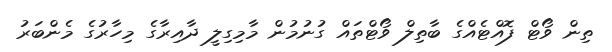
ތިން ވޯޓް ފޮއްޓެއްގެ ބާތިލް ވޯޓްތައް ގުނުމުން މާމިގިލީ ދާއިރާގެ މިހާރުގެ މެންބަރު